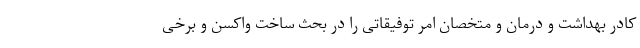
کادر بهداشت و درمان و متخصان امر توفیقاتی را در بحث ساخت واکسن و برخی